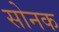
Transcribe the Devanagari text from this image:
सोनक